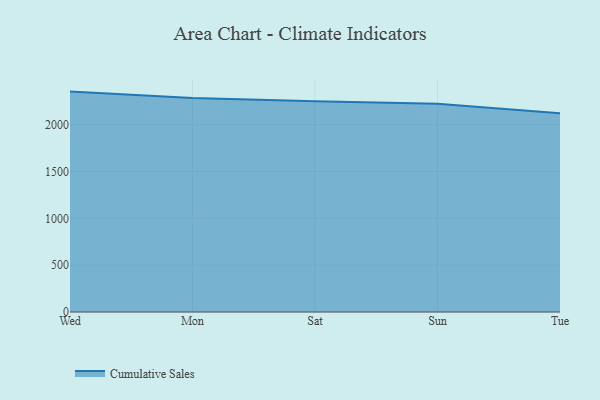
{"axis": {"x": "Day", "y": "Inventory Turnover"}, "legend": ["Cumulative Sales"], "data": [{"x": "Wed", "y": 2353.8, "type": "Cumulative Sales"}, {"x": "Mon", "y": 2286.1, "type": "Cumulative Sales"}, {"x": "Sat", "y": 2249.9, "type": "Cumulative Sales"}, {"x": "Sun", "y": 2225.0, "type": "Cumulative Sales"}, {"x": "Tue", "y": 2121.5, "type": "Cumulative Sales"}]}